Vaccination in Bombay 1913-1923 - 1913-1923
Year: 1913
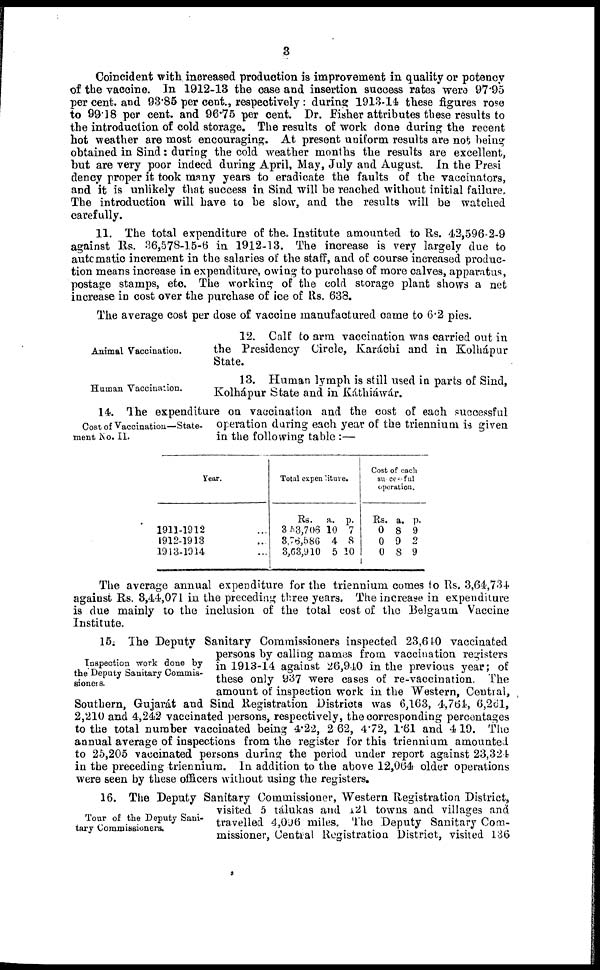
3
Coincident with increased production is improvement in quality or potency
of the vaccine. In 1912-13 the case and insertion success rates were 97.95
per cent. and 93.85 per cent., respectively during 1913-14 these figures rose
to 99.18 per cent. and 96.75 per cent. Dr. Fisher attributes these results to
the introduction of cold storage. The results of work done during the recent
hot weather are most encouraging. At present uniform results are not being
obtained in Sind: during the cold weather months the results are excellent,
but are very poor indeed during April, May, July and August. In the Presi
dency proper it took many years to eradicate the faults of the vaccinators,
and it is unlikely that success in Sind will be reached without initial failure.
The introduction will have to be slow, and the results will be watched
carefully.
11. The total expenditure of the Institute amounted to Rs. 42,596-2-9
against Rs. 36,578-15-6 in 1912-13. The increase is very largely due to
automatic increment in the salaries of the staff, and of course increased produc-
tion means increase in expenditure, owing to purchase of more calves, apparatus,
postage stamps, etc. The working of the cold storage plant shows a net
increase in cost over the purchase of ice of Rs. 638.
The average cost per dose of vaccine manufactured came to 6.2 pies.
Animal Vaccination.
12. Calf to arm vaccination was carried out in
the Presidency Circle, Karáchi and in Kolhápur
State.
Human Vaccination.
13. Human lymph is still used in parts of Sind,
Kolhápur State and in Káthiáwár.
Cost of Vaccination—State-
ment No. II.
14. The expenditure on vaccination and the cost of each successful
operation during each year of the triennium is given
in the following table :—
Year.
1911-1912 ...
1912-1913 ...
1913-1914 ...
Total expenditure.
Rs.
3,53,706
8,76,586
3,63,910
a.
10
4
5
p. 7
8
10
Cost of each
successful
operation.
Rs.
0
0
0
a.
8
9
8
p.
9
2
9
The average annual expenditure for the triennium comes to Rs. 3,64,734
against Rs. 3,44,071 in the preceding three years. The increase in expenditure
is due mainly to the inclusion of the total cost of the Belgaum Vaccine
Institute.
Inspection work done by
the Deputy Sanitary Commis-
sioners.
15. The Deputy Sanitary Commissioners inspected 23,640 vaccinated
persons by calling names from vaccination registers
in 1913-14 against 26,940 in the previous year; of
these only 937 were cases of re-vaccination. The
amount of inspection work in the Western, Central,
Southern, Gujarát and Sind Registration Districts was 6,163, 4,764, 6,261,
2,210 and 4,242 vaccinated persons, respectively, the corresponding percentages
to the total number vaccinated being 4.22, 2.62, 4.72, 1.61 and 4.19. The
annual average of inspections from the register for this triennium amounted
to 25,205 vaccinated persons during the period under report against 23,324
in the preceding triennium. In addition to the above 12,064 older operations
were seen by these officers without using the registers.
Tour of the Deputy Sani-
tary Commissioners.
16. The Deputy Sanitary Commissioner, Western Registration District,
visited 5 tálukas and 121 towns and villages and
travelled 4,096 miles. The Deputy Sanitary Com-
missioner, Central Registration District, visited 136